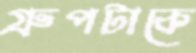
গ্রুপটাকে